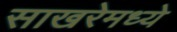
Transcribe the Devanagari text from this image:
साखरेमध्ये